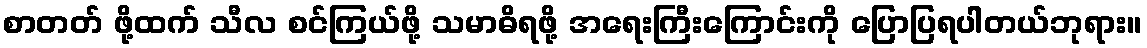
စာတတ် ဖို့ထက် သီလ စင်ကြယ်ဖို့ သမာဓိရဖို့ အရေးကြီးကြောင်းကို ပြောပြရပါတယ်ဘုရား။